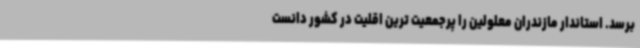
برسد. استاندار مازندران معلولین را پرجمعیت ترین اقلیت در کشور دانست